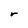
Character: r